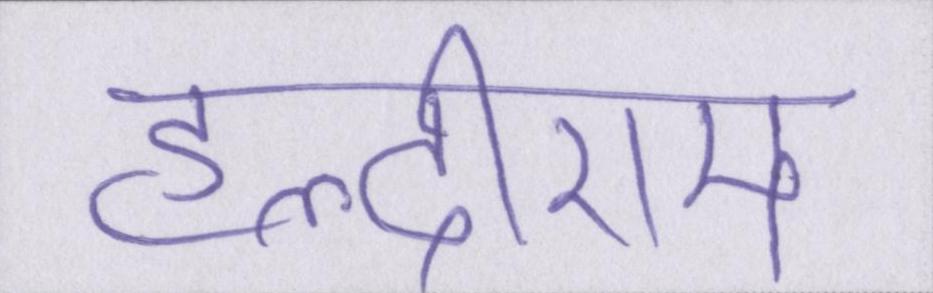
हल्दीराम